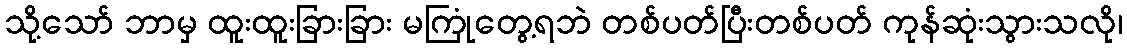
သို့သော် ဘာမှ ထူးထူးခြားခြား မကြုံတွေ့ရဘဲ တစ်ပတ်ပြီးတစ်ပတ် ကုန်ဆုံးသွားသလို၊